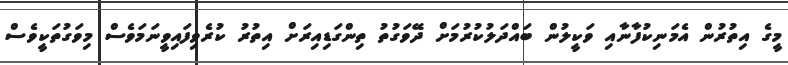
މީގެ އިތުރުން އެމަނިކުފާނާއި ވަކީލުން ބައްދަލުކުރުމަށް ދޭވަގުތު ތިންގަޑިއިރަށް އިތުރު ކުރެވިފައިވީނަމަވެސް މިވަގުތަކީވެސް